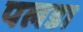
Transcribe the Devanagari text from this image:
पलडा